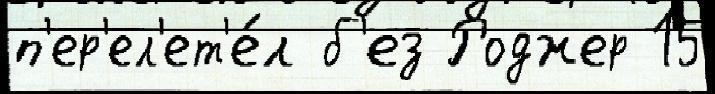
п'ер'ел'ет'е́л б'ез Роджер 15